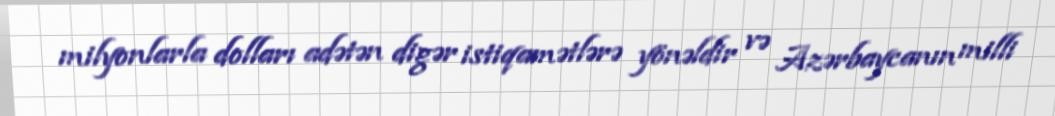
milyonlarla dolları adətən digər istiqamətlərə yönəldir və Azərbaycanın milli